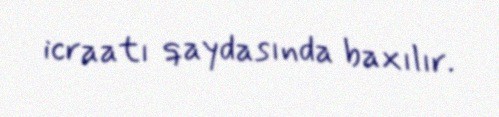
icraatı qaydasında baxılır.